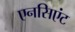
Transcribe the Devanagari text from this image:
एनसिएंट